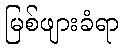
မြစ်ဖျားခံရာ